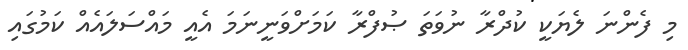
މި ފެންނަ ލެޔަކީ ކުދްރާ ނުވަތަ ޞުފްރާ ކަމަށްވަނީނަމަ އެއީ މައްސަލައެއް ކަމުގައި